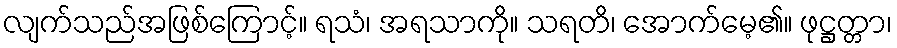
လျက်သည်အဖြစ်ကြောင့်။ ရသံ၊ အရသာကို။ သရတိ၊ အောက်မေ့၏။ ဖုဋ္ဌတ္တာ၊